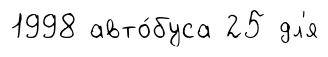
1998 авто́буса 25 дл'я